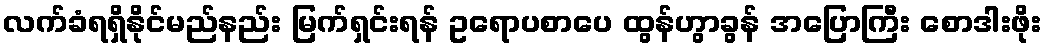
လက်ခံရရှိနိုင်မည်နည်း မြက်ရှင်းရန် ဥရောပစာပေ ထွန်ဟွာခွန် အပြောကြီး စောဒါးဖိုး